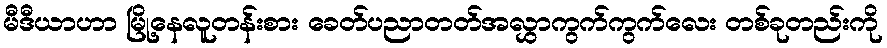
မီဒီယာဟာ မြို့နေလူတန်းစား ခေတ်ပညာတတ်အလွှာကွက်ကွက်လေး တစ်ခုတည်းကို